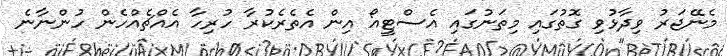
މެނޭޖަރު ވިދާޅުވި ގޮތުގައި މިތަނުގައި އެސްޓީއޯ އިން އެތެރެކުރާ ހުރިހާ އެއްޗެއްހެން ހުންނާނެ